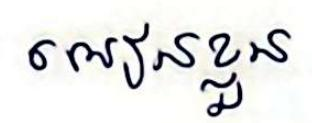
អៀនខ្លួន